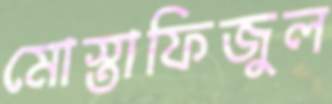
মোস্তাফিজুল